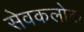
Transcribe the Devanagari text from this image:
सेवकलोक